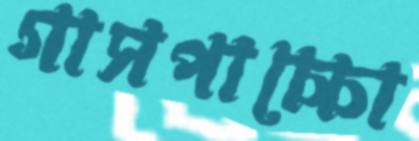
গাসপাচ্চো